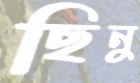
ছিনু